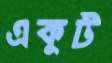
একুট